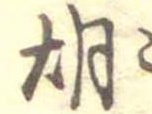
胡